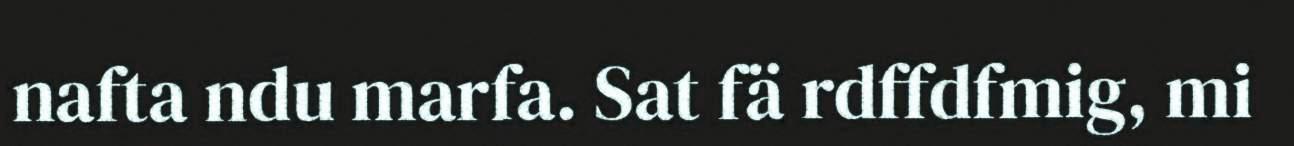
nafta ndu marfa. Sat fä rdffdfmig, mi